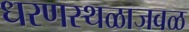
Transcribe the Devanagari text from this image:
धरणस्थळाजवळ